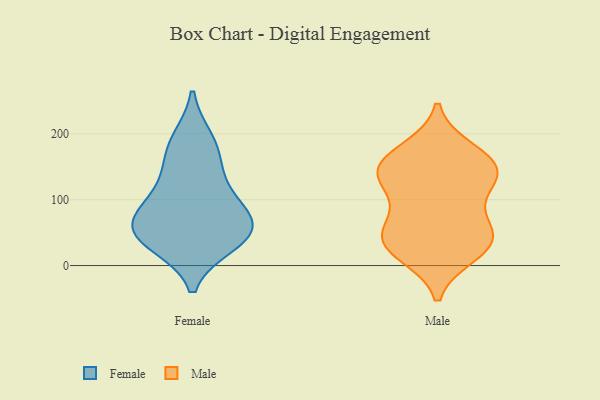
{"axis": {"x": "Satisfaction Score", "y": "Value"}, "legend": ["Female", "Male"], "data": [{"x": "", "y": 173, "type": "Female"}, {"x": "", "y": 55, "type": "Female"}, {"x": "", "y": 48, "type": "Female"}, {"x": "", "y": 43, "type": "Female"}, {"x": "", "y": 190, "type": "Female"}, {"x": "", "y": 105, "type": "Female"}, {"x": "", "y": 132, "type": "Female"}, {"x": "", "y": 34, "type": "Female"}, {"x": "", "y": 74, "type": "Female"}, {"x": "", "y": 71, "type": "Female"}, {"x": "", "y": 143, "type": "Male"}, {"x": "", "y": 126, "type": "Male"}, {"x": "", "y": 138, "type": "Male"}, {"x": "", "y": 153, "type": "Male"}, {"x": "", "y": 37, "type": "Male"}, {"x": "", "y": 40, "type": "Male"}, {"x": "", "y": 150, "type": "Male"}, {"x": "", "y": 173, "type": "Male"}, {"x": "", "y": 85, "type": "Male"}, {"x": "", "y": 39, "type": "Male"}, {"x": "", "y": 46, "type": "Male"}, {"x": "", "y": 20, "type": "Male"}]}